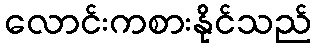
လောင်းကစားနိုင်သည်